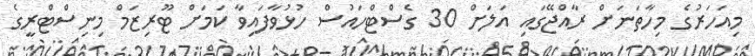
މިއަހަރުގެ މިހާތަނަށް ރާއްޖޭގައި އަލަށް 30 ގެސްޓްހައުސް ހުޅުވާފައިވާ ކަމަށް ޓޫރިޒަމް މިނިސްޓްރީގެ